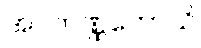
အဝကဏ္ဏကောသိ